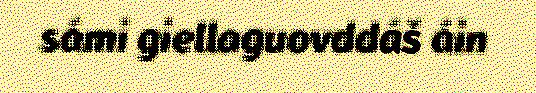
sámi giellaguovddáš áin